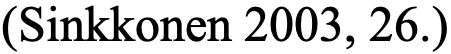
(Sinkkonen 2003, 26.)